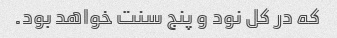
که در کل نود و پنج سنت خواهد بود.